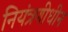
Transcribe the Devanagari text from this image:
नियंत्रणीधीन